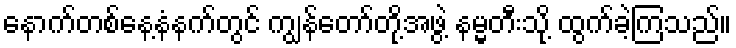
နောက်တစ်နေ့နံနက်တွင် ကျွန်တော်တို့အဖွဲ့ နမ္မတီးသို့ ထွက်ခဲ့ကြသည်။